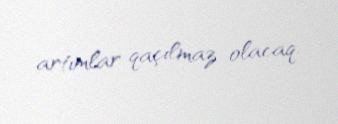
artımlar qaçılmaz olacaq.